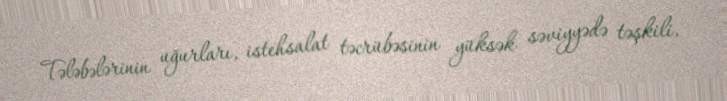
Tələbələrinin uğurları, istehsalat təcrübəsinin yüksək səviyyədə təşkili,